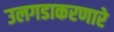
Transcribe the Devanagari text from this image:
उलगडाकरणारे